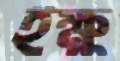
ইক্ষু